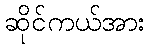
ဆိုင်ကယ်အား